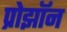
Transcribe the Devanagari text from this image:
प्रोझॉन